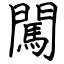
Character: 闖